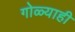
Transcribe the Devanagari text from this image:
गोळ्याही